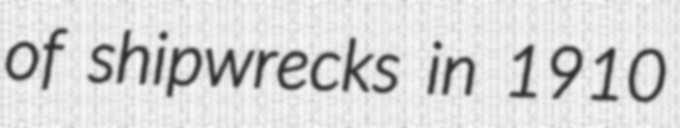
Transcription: of shipwrecks in 1910